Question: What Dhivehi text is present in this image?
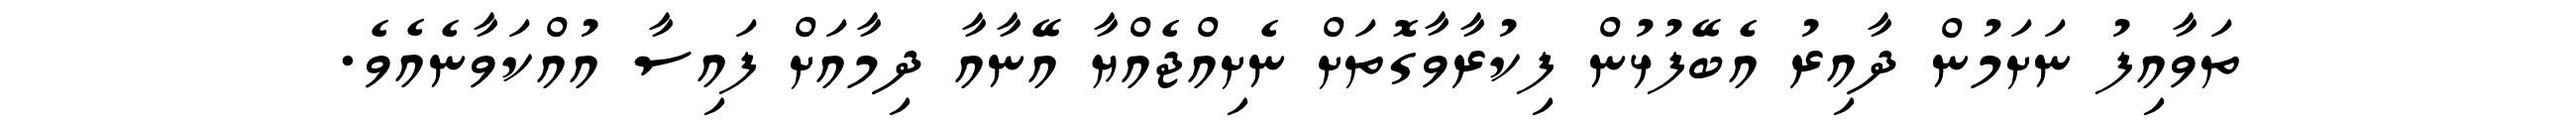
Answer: ތަވާއިފު ނަށަމުން ދާއިރު އެބޭފުޅުން ފިކުރާވާގޮތަށް ނެށިއްޖެއްޔާ އޭނާއާ ދިމާއަށް ފައިސާ އުއްކަވާނެއެވެ.